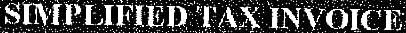
SIMPLIFIED TAX INVOICE